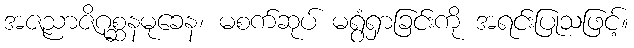
အဇညာဇိဂုစ္ဆနမုခေန၊ မစက်ဆုပ် မရွံရှာခြင်းကို အရင်းပြုသဖြင့်။